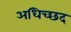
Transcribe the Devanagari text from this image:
अधिच्छद